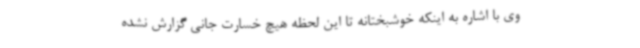
وی با اشاره به اینکه خوشبختانه تا این لحظه هیچ خسارت جانی گزارش نشده